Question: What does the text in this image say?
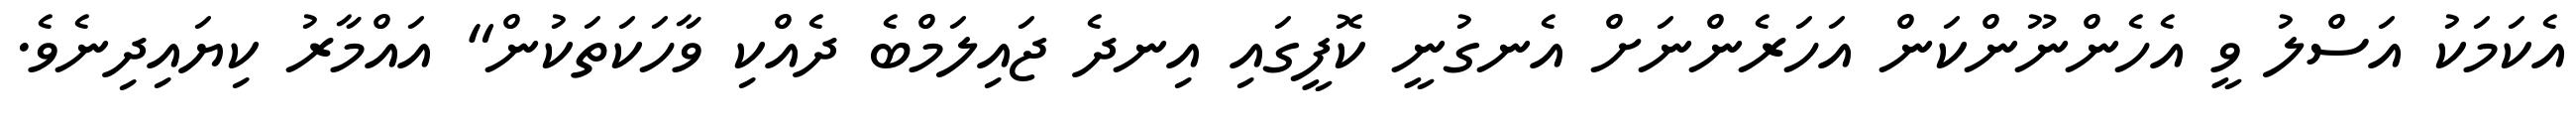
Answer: އެކަމަކު އަސްލު ވީ އެހެންނޫންކަން އަހަރެންނަށް އެނގުނީ ކޮފީގައި އިނދެ ޖައިލަމްބެ ދެއްކި ވާހަކަތަކުން" އައްމާރު ކިޔައިދިނެވެ.